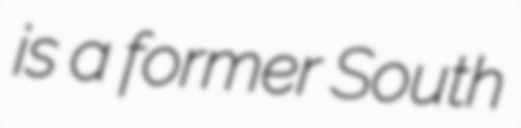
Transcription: is a former South